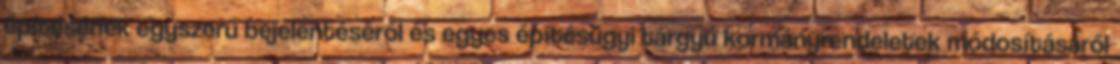
építésének egyszerű bejelentéséről és egyes építésügyi tárgyú kormányrendeletek módosításáról